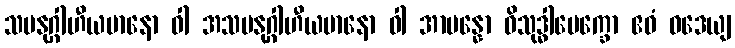
သမနုဂ္ဂါဟီယမာနော ဝါ အသမနုဂ္ဂါဟီယမာနော ဝါ အာပန္နော ဝိသုဒ္ဓါပေက္ခော ဧဝံ ဝဒေယျ